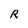
Character: R